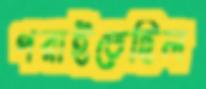
পরাইতেছিল